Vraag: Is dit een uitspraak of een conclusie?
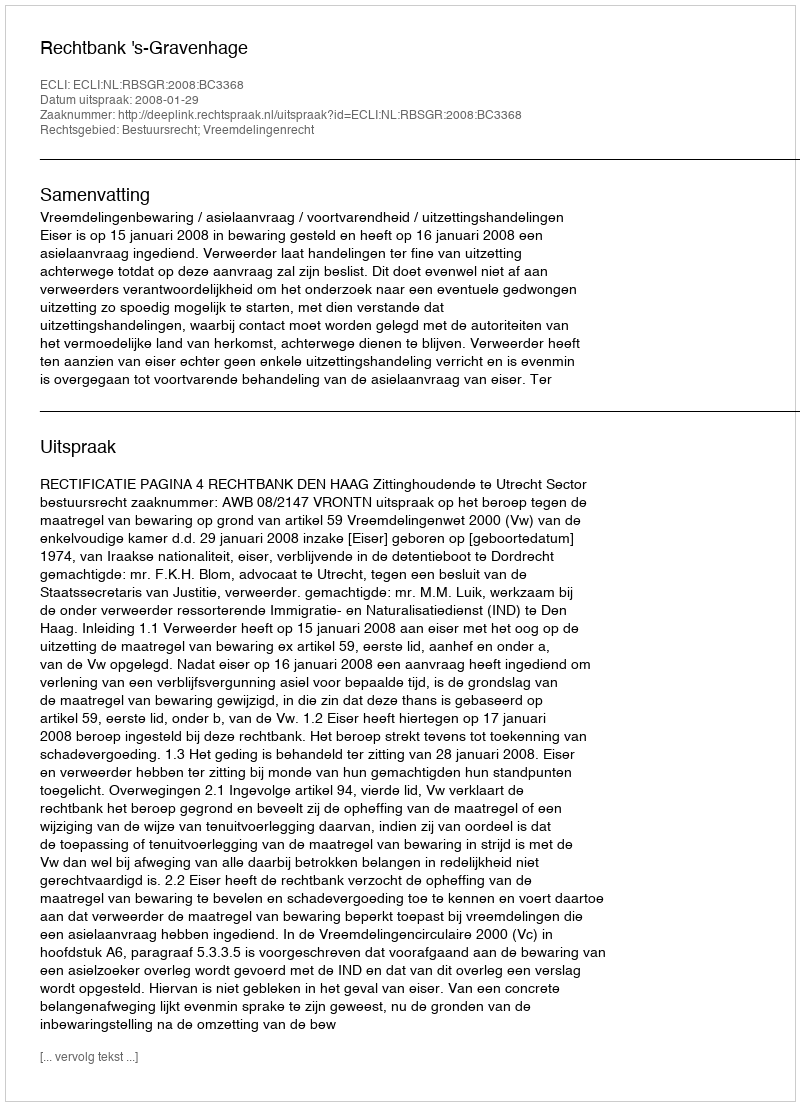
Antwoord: Uitspraak